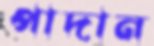
পাদান